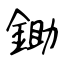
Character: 鋤